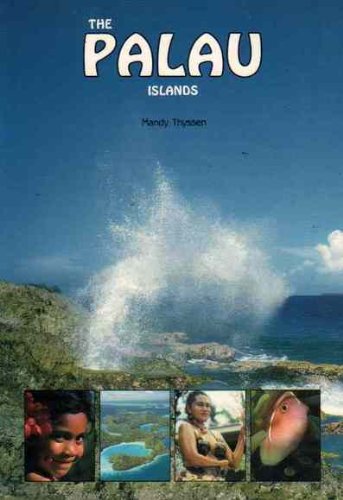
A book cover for The Palau Islands; Mandy Thyssen; Travel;